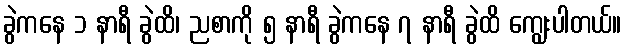
ခွဲကနေ ၁ နာရီ ခွဲထိ၊ ညစာကို ၅ နာရီ ခွဲကနေ ၇ နာရီ ခွဲထိ ကျွေးပါတယ်။